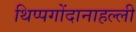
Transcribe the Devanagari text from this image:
थिप्पगोंदानाहल्ली